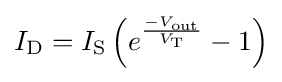
I_{\text{D}}=I_{\text{S}}\left(e^{\frac {-V_{\text{out}}}{V_{\text{T}}}}-1\right)